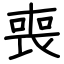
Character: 喪